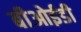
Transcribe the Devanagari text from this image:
बीओईडी